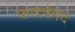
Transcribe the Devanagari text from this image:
फादयेमंद